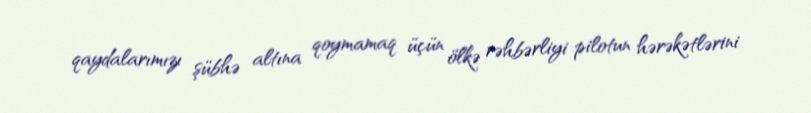
qaydalarımızı şübhə altına qoymamaq üçün ölkə rəhbərliyi pilotun hərəkətlərini